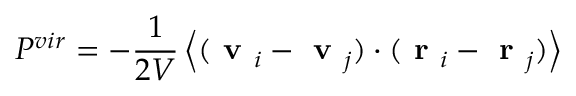
P ^ { v i r } = - \frac { 1 } { 2 V } \left\langle ( \textbf { v } _ { i } - \textbf { v } _ { j } ) \cdot ( \textbf { r } _ { i } - \textbf { r } _ { j } ) \right\rangle